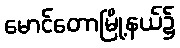
မောင်တောမြို့နယ်၌